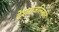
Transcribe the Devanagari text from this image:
देशराजलिखते